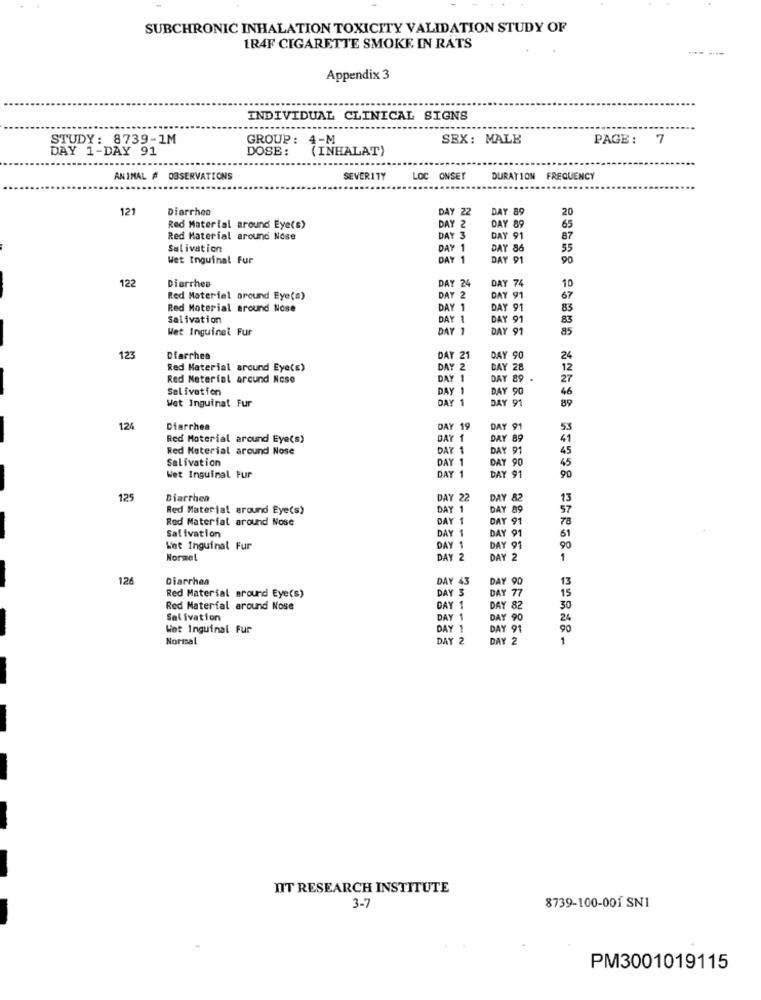
SUBCHRONIC INHALATION TOXICITY VALIDATION STUDY OF
1R4F CIGARETTE SMOKE, IN RATS
Appendix 3
INDIVIDUAL CLINICAL SIGNS
-----.
STUDY: 8739-1M
GROUP: 4-M
SEX: MALE
PAGE :
7
DAY 1-DAY 91
DOSE :
(INHALAT)
ANIMAL # OBSERVATIONS
SEVERITY
LOC ONSET
DURATION FREQUENCY
121
Diarrhea
DAY 22
DAY 89
20
Red Material around Eye(s)
DAY 2
DAY 89
65
Red Material around Nose
DAY 3
DAY 91
87
Salivation
DAY 1
DAY 86
55
Wet Inguinal Fur
DAY 1
DAY 91
90
122
Diarches
DAY 24
DAY 74
10
Red Materiel around Eye(a)
DAY 2
DAY 91
67
Red Moterial around Nose
DAY 1
DAY 91
83
Salivation
DAY !
DAY 91
83
Wet Inguinal Fur
DAY 1
DAY 91
85
123
Diarrhea
DAY 21
DAY 90
24
Red Material around Eye(s)
DAY 2
DAY 28
12
Red Material arcund Nose
DAY 29 .
27
Salivation
DAY 90
46
Wet Inguinat Fur
DAY 91
89
124
Diarrhea
DAY 19
DAY 91
53
Red Material around Eye(s)
DAY 1
DAY 89
41
Red Material around Nose
DAY 1
DAY 91
45
Salivation
DAY 1
DAY 90
45
Wet Inguinal Fur
DAY 1
DAY 91
90
125
Diarrhea
DAY 22
DAY 82
13
Red Material around Eye(s)
DAY 1
DAY 89
57
Red Material around Nose
DAY 1
DAY 91
78
Salivation
DAY 1
DAY 91
61
Wet Inguinal Fur
DAY 1
DAY 91
90
Normel
DAY 2
DAY 2
1
126
Diarrhea
DAY 43
DAY 90
13
DAY 77
15
Red Material around Eye(s)
DAY 3
Red Material around Nose
DAY 1
DAY 82
30
Salivation
DAY 1
DAY 90
24
Wot Inguinal Fur
DAY 1
DAY 91
Normal
DAY 2
DAY 2
1
IIT RESEARCH INSTITUTE
3-7
8739-100-001 SN1
PM3001019115